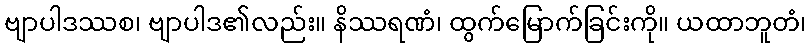
ဗျာပါဒဿစ၊ ဗျာပါဒ၏လည်း။ နိဿရဏံ၊ ထွက်မြောက်ခြင်းကို။ ယထာဘူတံ၊